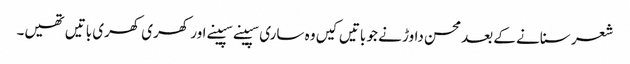
شعر سنانے کے بعد محسن داوڑ نے جو باتیں کیں وہ ساری سپینے سپینے اور کھری کھری باتیں تھیں۔